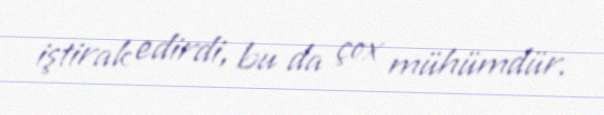
iştirak edirdi, bu da çox mühümdür.